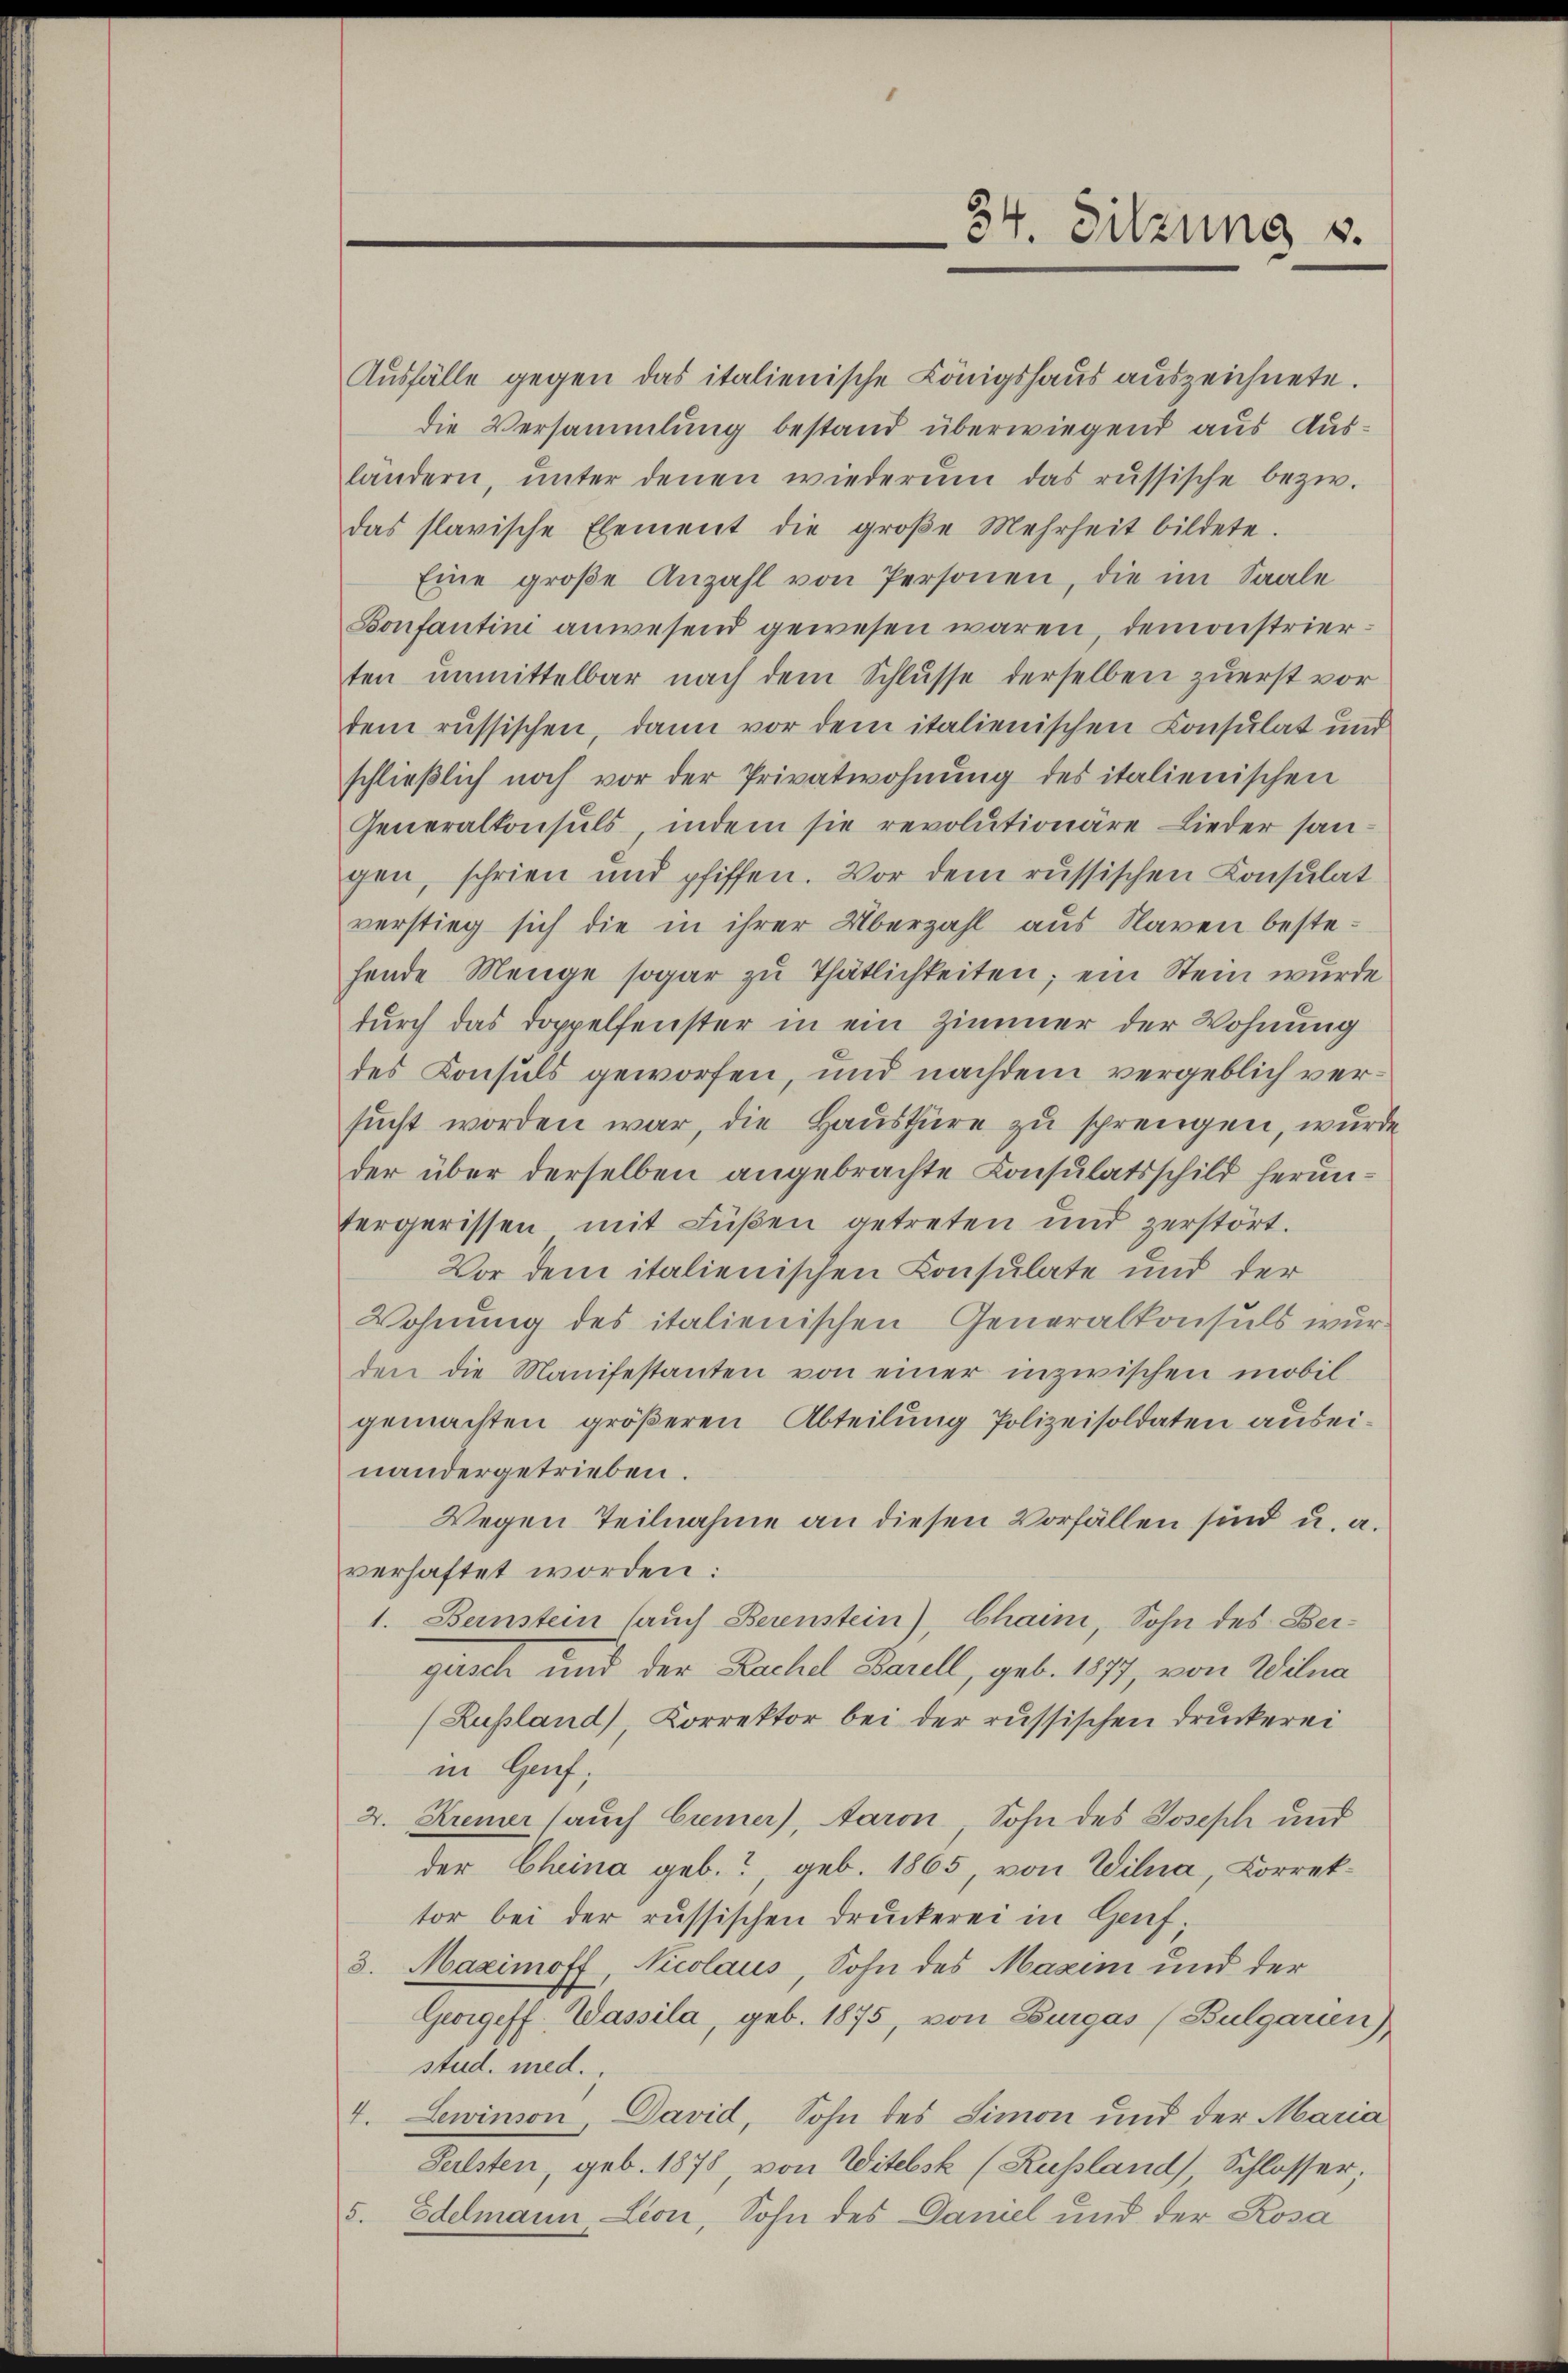
Ausfälle gegen das italienische Königshaus auszeichnete.
die Versammlung bestand überwiegend aus Ausländern, ŭnter denen wiederum das russische bezw.
das slavische Element die groβe Mehrheit bildete.
Eine groβe Anzahl von Personen, die im Saale
Bonfantini anwesend gewesen waren, demonstrierten unmittelbar nach dem Schlusse derselben zuerst vor
dem russischen, dann vor dem italienischen Consulat und
schlieβlich noch vor der Privatwohnung des italienischen
Generalkonsuls indem sie revolutionäre Lieder san-
gen, schrien und pfiffen. Vor dem russischen Consulat
verstieg sich die in ihrer Überzahl aus Naven bestehende Menge sogar zu Thätlichkeiten; ein Stein wurde
durch das Doppelfenster in ein Zimmer der Wohnung
des Konsuls geworfen, und nachdem vergeblich versucht worden war die Haustüre zu sprengen, wurde
der über derselben angebrachte Konsulatsschild herunfergerissen mit Füßen getreten und zerstört.
Vor dem italienischen Konsulate und der
Wohnung des italienischen Generalkonsuls wurden die Manifestanten von einer inzwischen mobil
gemachten größeren Abteilung Polizeisoldaten ausei-
nandergetrieben.
Wegen Teilnahme an diesen Vorfällen sind u. a.
verhaftet worden:
1. Bernstein (auch Berenstein), Chain, Sohn des Bergusch und der Rachel Barell, geb. 1877, von Wilna
(Zupland), Korrektor bei der russischen Druckerei
in Genf;
2. Kremer (auch Cimer), Aaron, Sohn des Joseph und
der Cheina geb.?, geb. 1865, von Wilna, Correk-
tor bei der russischen Druckerei in Genf
3. Maximoff, Nicolaus, Sohn des Maxim und der
Georgeff. Wassila, geb. 1875, von Burgás (Bulgarien)
stud. med.
4. Lewinson David, Sohn des Simon und der Maria
Felsten, geb. 1878 von Witelsk (Russland Schlosser;
5. Edelmann Leon, Sohn des Damel und der Rosa

34. Sitzung v.